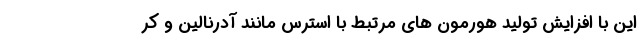
این با افزایش تولید هورمون های مرتبط با استرس مانند آدرنالین و کر